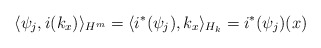
\begin{align*}\langle\psi_j,i(k_x)\rangle_{H^m} = \langle i^*(\psi_j),k_x\rangle_{H_k} = i^*(\psi_j)(x)\end{align*}